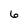
Character: 6